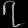
Digit: ၇